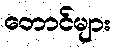
တောင်များ